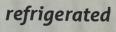
refrigerated